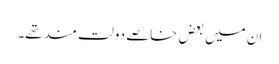
ان میں بعض خاصے دولت مند تھے۔